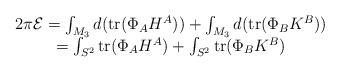
LaTeX: \begin{align*} \begin{array}{c}2\pi {\cal E}=\int_{M_3}d({\rm tr}(\Phi _AH^A))+\int_{M_3}d({\rm tr}(\Phi _BK^B))\\ =\int_{S^2}{\rm tr}(\Phi _AH^A)+\int_{S^2}{\rm tr}(\Phi _BK^B) \end{array}\end{align*}